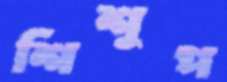
শিশুপ